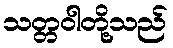
သတ္တဝါတို့သည်